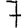
Digit: 7